Annual report on the Civil Veterinary Department, Burma (including the Insein Veterinary School) - 1910-1922
Year: 1910
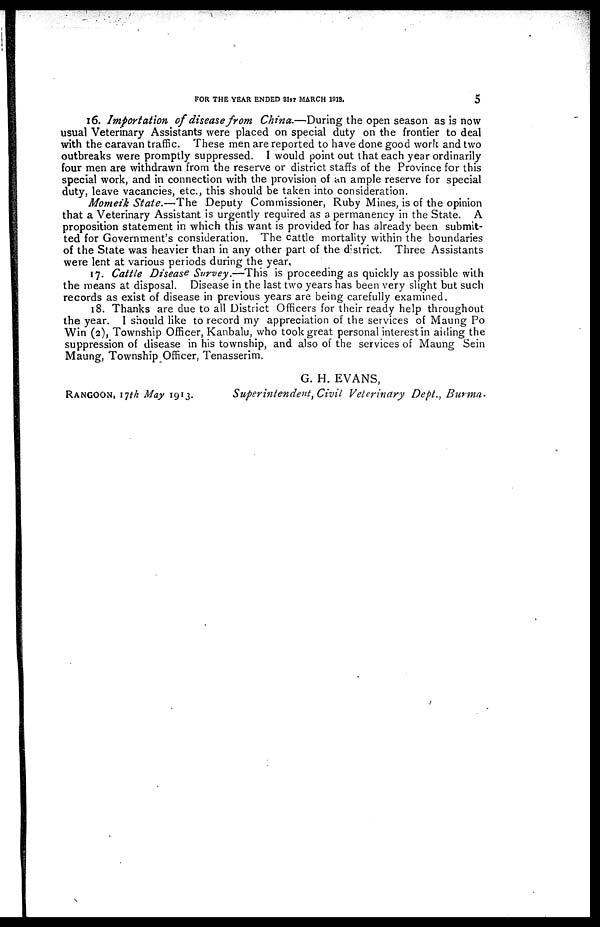
FOR THE YEAR ENDED 31ST MARCH 1918.
5
16. Importation of disease from China.—During the open season as is now
usual Veterinary Assistants were placed on special duty on the frontier to deal
with the caravan traffic. These men are reported to have done good work and two
outbreaks were promptly suppressed. I would point out that each year ordinarily
four men are withdrawn from the reserve or district staffs of the Province for this
special work, and in connection with the provision of an ample reserve for special
duty, leave vacancies, etc., this should be taken into consideration.
Momeik State.—The Deputy Commissioner, Ruby Mines, is of the opinion
that a Veterinary Assistant is urgently required as a permanency in the State. A
proposition statement in which this want is provided for has already been submit-
ted for Government's consideration. The cattle mortality within the boundaries
of the State was heavier than in any other part of the district Three Assistants
were lent at various periods during the year,
17. Cattle Disease Survey.—This is proceeding as quickly as possible with
the means at disposal. Disease in the last two years has been very slight but such
records as exist of disease in previous years are being carefully examined.
18. Thanks are due to all District Officers for their ready help throughout
the year. 1 should like to record my appreciation of the services of Maung Po
Win (2), Township Officer, Kanbalu, who took great personal interest in aiding the
suppression of disease in his township, and also of the services of Maung Sein
Maung, Township Officer, Tenasserim.
RANGOON, 17th May 1913.
G. H. EVANS,
Superintendent, Civil Veterinary Dept., Burma-